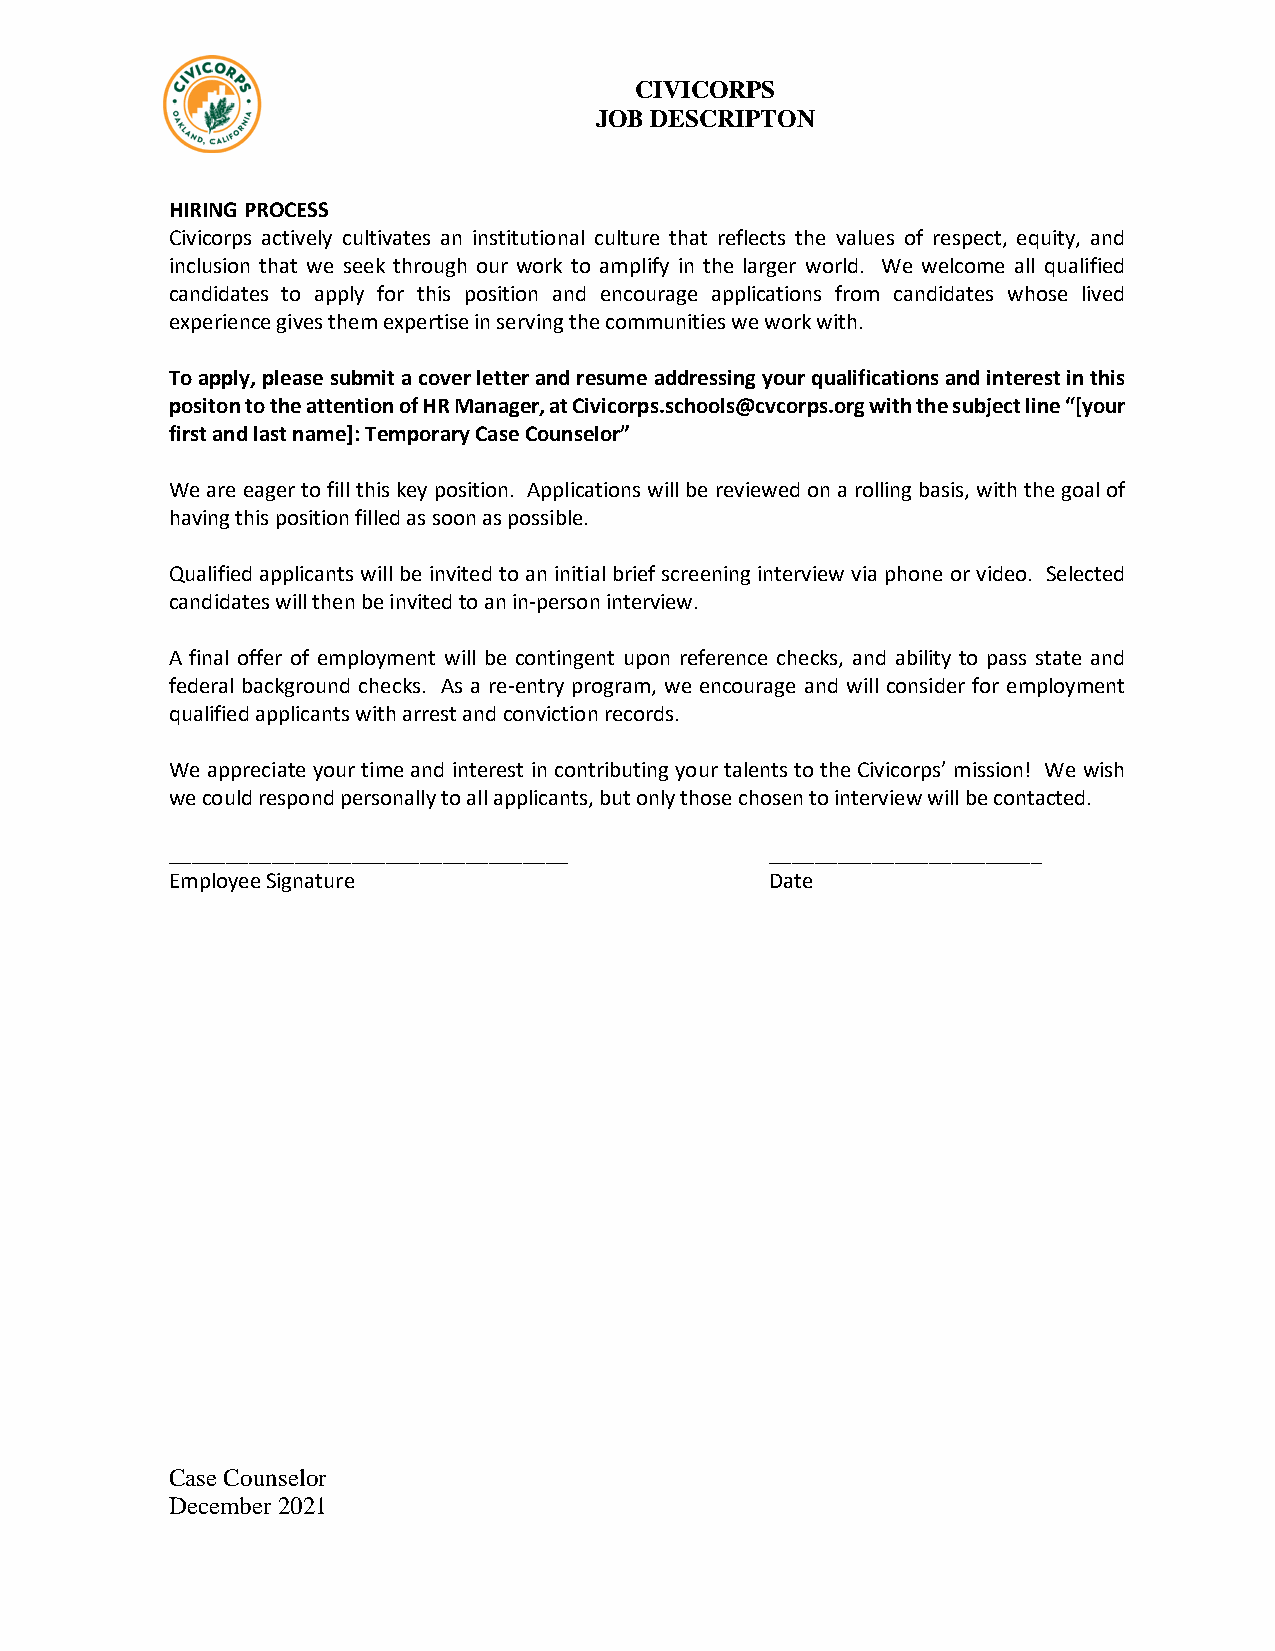
CIVICORPS
 JOB DESCRIPTON
 HIRING PROCESS
 Civicorps actively cultivates an institutional culture that reflects the values of respect, equity, and
 inclusion that we seek through our work to amplify in the larger world. We welcome all qualified
 candidates to apply for this position and encourage applications from candidates whose lived
 experience gives them expertise in serving the communities we work with.
 To apply, please submit a cover letter and resume addressing your qualifications and interest in this
 positon to the attention of HR Manager, at Civicorps.schools@cvcorps.org with the subject line “[your
 first and last name]: Temporary Case Counselor”
 We are eager to fill this key position. Applications will be reviewed on a rolling basis, with the goal of
 having this position filled as soon as possible.
 Qualified applicants will be invited to an initial brief screening interview via phone or video. Selected
 candidates will then be invited to an in-person interview.
 A final offer of employment will be contingent upon reference checks, and ability to pass state and
 federal background checks. As a re-entry program, we encourage and will consider for employment
 qualified applicants with arrest and conviction records.
 We appreciate your time and interest in contributing your talents to the Civicorps’ mission! We wish
 we could respond personally to all applicants, but only those chosen to interview will be contacted.
 ___________________________________     ________________________
 Employee Signature                      Date
 Case Counselor
 December 2021